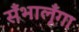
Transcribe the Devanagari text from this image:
सँभालूँगा